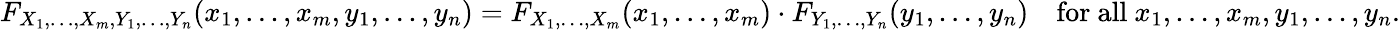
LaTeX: F_{X_{1},\ldots,X_{m},Y_{1},\ldots,Y_{n}}(x_{1},\ldots,x_{m},y_{1},\ldots,y_{n})=F_{X_{1},\ldots,X_{m}}(x_{1},\ldots,x_{m})\cdot F_{Y_{1},\ldots,Y_{n}}(y_{1},\ldots,y_{n})\quad{\mathrm{for~all~}}x_{1},\ldots,x_{m},y_{1},\ldots,y_{n}.